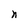
Character: n